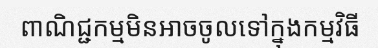
ពាណិជ្ជកម្មមិនអាចចូលទៅក្នុងកម្មវិធី